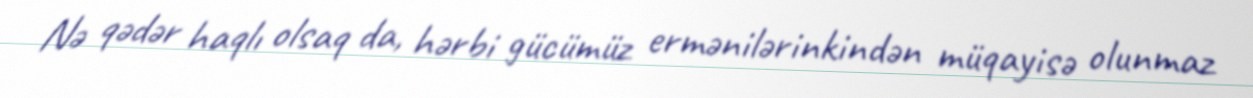
Nə qədər haqlı olsaq da, hərbi gücümüz ermənilərinkindən müqayisə olunmaz